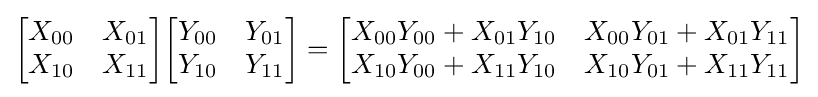
{\begin{bmatrix}X_{00}&X_{01}\\X_{10}&X_{11}\end{bmatrix}}{\begin{bmatrix}Y_{00}&Y_{01}\\Y_{10}&Y_{11}\end{bmatrix}}={\begin{bmatrix}X_{00}Y_{00}+X_{01}Y_{10}&X_{00}Y_{01}+X_{01}Y_{11}\\X_{10}Y_{00}+X_{11}Y_{10}&X_{10}Y_{01}+X_{11}Y_{11}\end{bmatrix}}